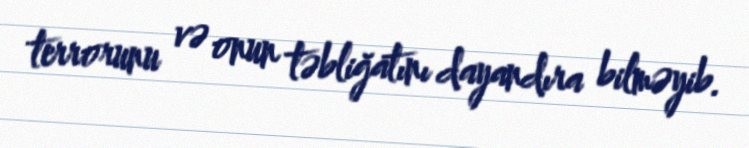
terrorunu və onun təbliğatını dayandıra bilməyib.